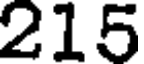
215